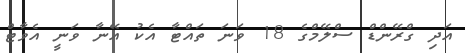
އަދި ގްރޭންޑް ސްލޭމްގެ 18 ވަނަ ތައްޓާ އެކު އޭނާ ވަނީ އެވާޓް